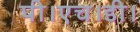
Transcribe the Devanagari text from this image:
पी।एच।डी।